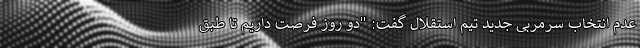
عدم انتخاب سرمربی جدید تیم استقلال گفت: "دو روز فرصت داریم تا طبق